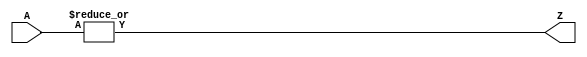
module unary_or_2_100(A, Z);
    input [1 : 0] A;
    output Z;

    assign Z = |A;
endmodule